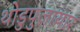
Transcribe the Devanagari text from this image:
थोडुपुज़ायार